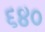
૬૪૦